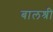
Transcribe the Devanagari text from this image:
बालश्री